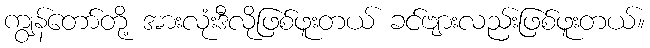
ကျွန်တော်တို့ အားလုံးဒီလိုဖြစ်ဖူးတယ် ခင်ဗျားလည်းဖြစ်ဖူးတယ်။